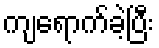
ကျရောက်ခဲ့ပြီး